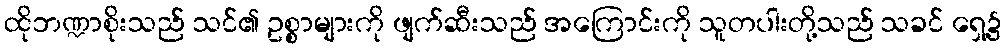
ထိုဘဏ္ဍာစိုးသည် သင်၏ ဥစ္စာများကို ဖျက်ဆီးသည် အကြောင်းကို သူတပါးတို့သည် သခင် ရှေ့၌